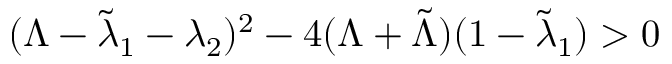
( \Lambda - \tilde { \lambda } _ { 1 } - \lambda _ { 2 } ) ^ { 2 } - 4 ( \Lambda + \tilde { \Lambda } ) ( 1 - \tilde { \lambda } _ { 1 } ) > 0